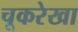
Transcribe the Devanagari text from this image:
चूकरेखा